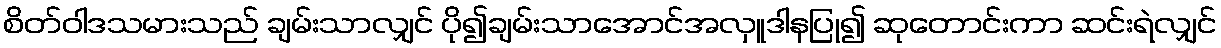
စိတ်ဝါဒသမားသည် ချမ်းသာလျှင် ပို၍ချမ်းသာအောင်အလှူဒါနပြု၍ ဆုတောင်းကာ ဆင်းရဲလျှင်